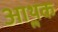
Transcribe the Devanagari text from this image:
आॢथक